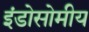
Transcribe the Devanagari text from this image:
इंडोसोमीय